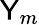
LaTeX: \mathsf{Y}_{m}